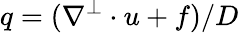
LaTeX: q=(\nabla^{\perp}\cdot u+f)/D